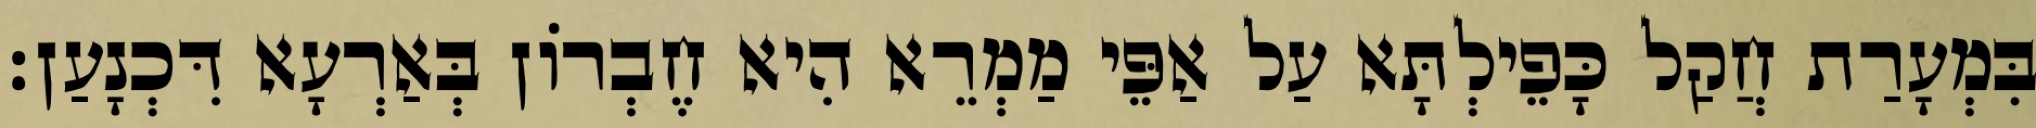
בִּמְעָרַת חֲקַל כָּפֵילְתָּא עַל אַפֵּי מַמְרֵא הִיא חֶבְרוֹן בְּאַרְעָא דִּכְנָעַן׃